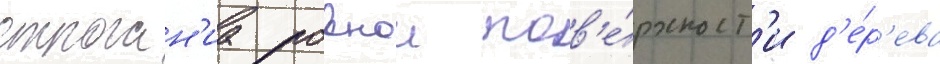
строган'иа ровнои пов'е́рхност'и д'е́р'ева